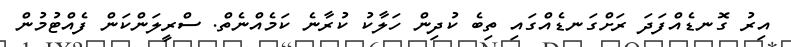
އިރު ގޮނޑެއްފަދަ ރަށްގަނޑެއްގައި ތިބެ ކުދިން ހަލާކު ކުރާނެ ކަމެއްނެތް. ސްރީލަންކަން ފެއްޓުމުން